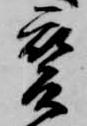
変